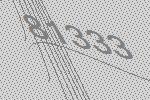
81333